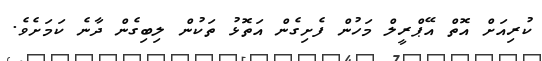
ކުރިއަށް އޮތް އޭޕްރީލް މަހުން ފެށިގެން އަތޮޅު ތަކުން ލިބިގެން ދާނެ ކަމަށެވެ.